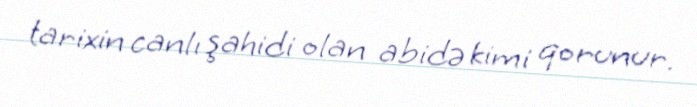
tarixin canlı şahidi olan abidə kimi qorunur.